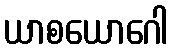
ယာစယောဂေါ